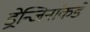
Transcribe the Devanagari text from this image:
ड्रेन्जिनांकडे